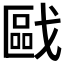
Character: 𱟟